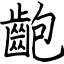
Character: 齙